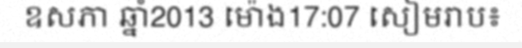
ឧសភា ឆ្នាំ2013 ម៉ោង17:07 សៀមរាប៖